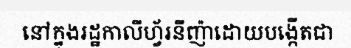
នៅក្នុងរដ្ឋកាលីហ្វ័រនីញ៉ាដោយបង្កើតជា